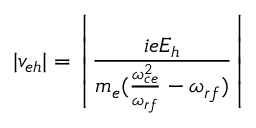
| v _ { e h } | = \left| \frac { i e E _ { h } } { m _ { e } ( \frac { \omega _ { c e } ^ { 2 } } { \omega _ { r f } } - \omega _ { r f } ) } \right|